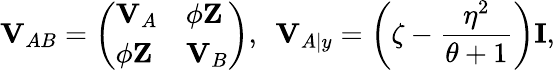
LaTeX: \mathbf{V}_{AB}=\left(\begin{array}{ll}{\mathbf{V}_{A}}&{\phi\mathbf{Z}}\\ {\phi\mathbf{Z}}&{\mathbf{V}_{B}}\end{array}\right),~~\mathbf{V}_{A|y}=\left(\zeta-\frac{\eta^{2}}{\theta+1}\right)\mathbf{I},